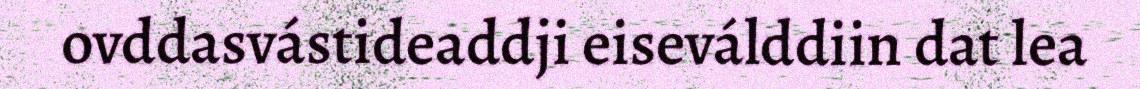
ovddasvástideaddji eiseválddiin dat lea